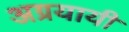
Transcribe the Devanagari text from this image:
अग्रयायी